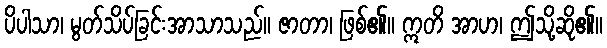
ပိပါသာ၊ မွတ်သိပ်ခြင်းအာသာသည်။ ဇာတာ၊ ဖြစ်၏။ ဣတိ အာဟ၊ ဤသို့ဆို၏။